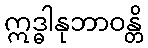
ဣဒ္ဓါနုဘာဝန္တိ